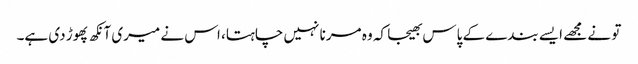
تو نے مجھے ایسے بندے کے پاس بھیجا کہ وہ مرنا نہیں چاہتا، اس نے میری آنکھ پھوڑ دی ہے۔